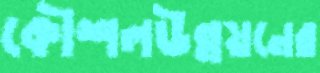
কৌশলউন্নয়নের